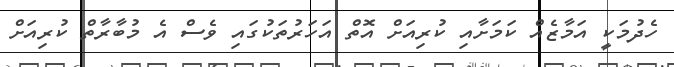
ހެދުމަކީ އަމާޒެއް ކަމަށާއި ކުރިއަށް އޮތް އަހަރުތަކުގައި ވެސް އެ މުބާރާތް ކުރިއަށް